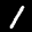
Label: 1